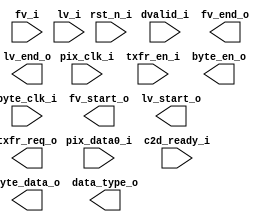
/*******************************************************************************
    Verilog netlist generated by IPGEN Lattice Radiant Software (64-bit)
    2023.2.0.38.1
    Soft IP Version: 1.6.0
    2024 03 23 09:34:01
*******************************************************************************/
/*******************************************************************************
    Wrapper Module generated per user settings.
*******************************************************************************/
module p2b_2lane (rst_n_i, pix_clk_i, byte_clk_i, fv_i, lv_i, dvalid_i,
    pix_data0_i, c2d_ready_i, txfr_en_i, fv_start_o, fv_end_o, lv_start_o,
    lv_end_o, txfr_req_o, byte_en_o, byte_data_o, data_type_o)/* synthesis syn_black_box syn_declare_black_box=1 */;
    input  rst_n_i;
    input  pix_clk_i;
    input  byte_clk_i;
    input  fv_i;
    input  lv_i;
    input  dvalid_i;
    input  [9:0]  pix_data0_i;
    input  c2d_ready_i;
    input  txfr_en_i;
    output  fv_start_o;
    output  fv_end_o;
    output  lv_start_o;
    output  lv_end_o;
    output  txfr_req_o;
    output  byte_en_o;
    output  [15:0]  byte_data_o;
    output  [5:0]  data_type_o;
endmodule